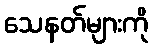
သေနတ်များကို